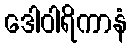
ဒေါဝါရိကာနံ